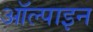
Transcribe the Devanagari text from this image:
ऑल्पाइन